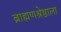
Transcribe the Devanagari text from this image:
ब्राह्मणश्रेष्ठाला